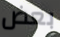
بعض